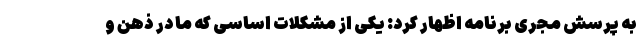
به پرسش مجری برنامه اظهار کرد: یکی از مشکلات اساسی که ما در ذهن و